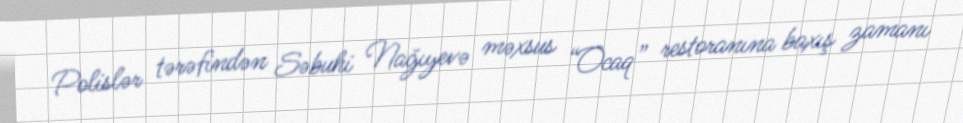
Polislər tərəfindən Səbuhi Nağıyevə məxsus “Ocaq” restoranına baxış zamanı